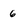
Character: 6